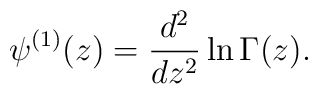
\psi^{(1)} (z) = \frac{d^2}{dz^2} \ln \Gamma (z).